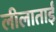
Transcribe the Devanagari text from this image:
लीलाताईं